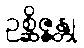
ဥစ္ဆိဇ္ဇန္တု